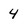
Character: 4